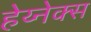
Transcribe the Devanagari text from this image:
हेय्नेक्स